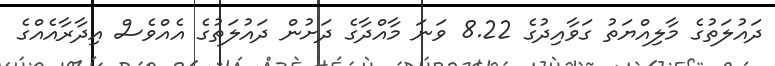
ދައުލަތުގެ މާލިއްޔަތު ގަވާއިދުގެ 8.22 ވަނަ މާއްދާގެ ދަށުން ދައުލަތުގެ އެއްވެސް އިދާރާއެއްގެ